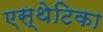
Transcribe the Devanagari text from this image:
एस्थेटिका